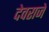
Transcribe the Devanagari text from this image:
देवराजे